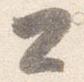
公